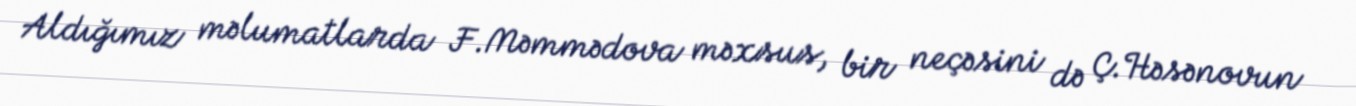
Aldığımız məlumatlarda F.Məmmədova məxsus, bir neçəsini də Ç.Həsənovun